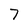
Character: 7